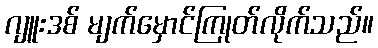
ဂျူးဒစ် မျက်မှောင်ကြုတ်လိုက်သည်။